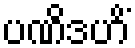
ပဏိဒဟိံ